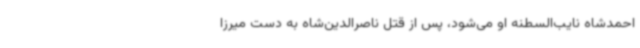
احمدشاه نایب‌السطنه او می‌شود، پس از قتل ناصرالدین‌شاه به دست میرزا